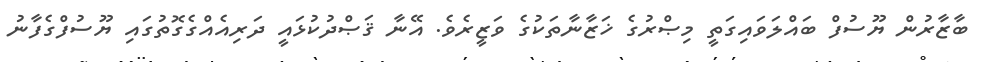
ބާޒާރުން ޔޫސުފް ބައްލަވައިގަތީ މިޞްރުގެ ޚަޒާނާތަކުގެ ވަޒީރެވެ. އޭނާ ޤަޞްދުކުޅައީ ދަރިއެއްގެގޮތުގައި ޔޫސުފްގެފާނު